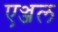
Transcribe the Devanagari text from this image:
एञ्जल